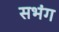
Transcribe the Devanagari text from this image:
सभंग